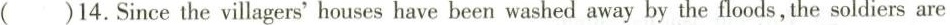
( )14. Since the villagers' houses have been washed away by the floods,the soldiers are